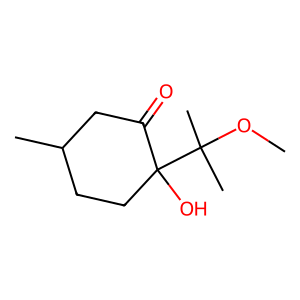
SMILES: COC(C)(C)C1(O)CCC(C)CC1=O
Inhibits HIV replication: No